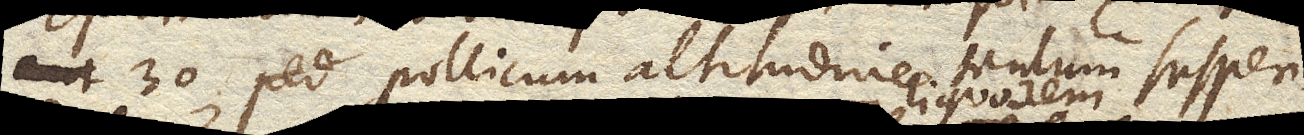
30 per pollicum altitudine tantum suspen–